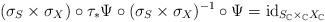
LaTeX: \begin{align*}(\sigma_{S}\times\sigma_{X})\circ\tau_{*}\Psi\circ(\sigma_{S}\times\sigma_{X})^{-1}\circ\Psi=\mathrm{id}_{S_{\mathbb{C}}\times_{\mathbb{C}}X_{\mathbb{C}}}\end{align*}